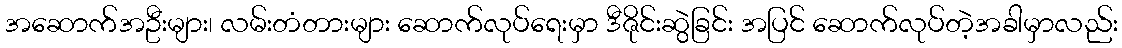
အဆောက်အဦးများ၊ လမ်းတံတားများ ဆောက်လုပ်ရေးမှာ ဒီဇိုင်းဆွဲခြင်း အပြင် ဆောက်လုပ်တဲ့အခါမှာလည်း